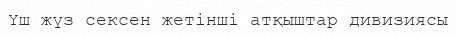
Үш жүз сексен жетінші атқыштар дивизиясы